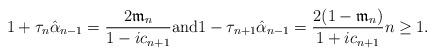
LaTeX: \begin{align*} 1 + \tau_{n} \hat{\alpha}_{n-1} = \frac{2\mathfrak{m}_n}{1- ic_{n+1}} \mbox{and}1 - \tau_{n+1} \hat{\alpha}_{n-1} = \frac{2(1-\mathfrak{m}_n)}{1+ ic_{n+1}} n \geq 1.\end{align*}